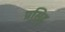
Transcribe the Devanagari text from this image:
प्रसिद्द्